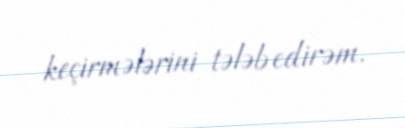
keçirmələrini tələb edirəm.